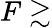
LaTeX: F\gtrsim